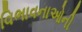
વિભાવનાઓની